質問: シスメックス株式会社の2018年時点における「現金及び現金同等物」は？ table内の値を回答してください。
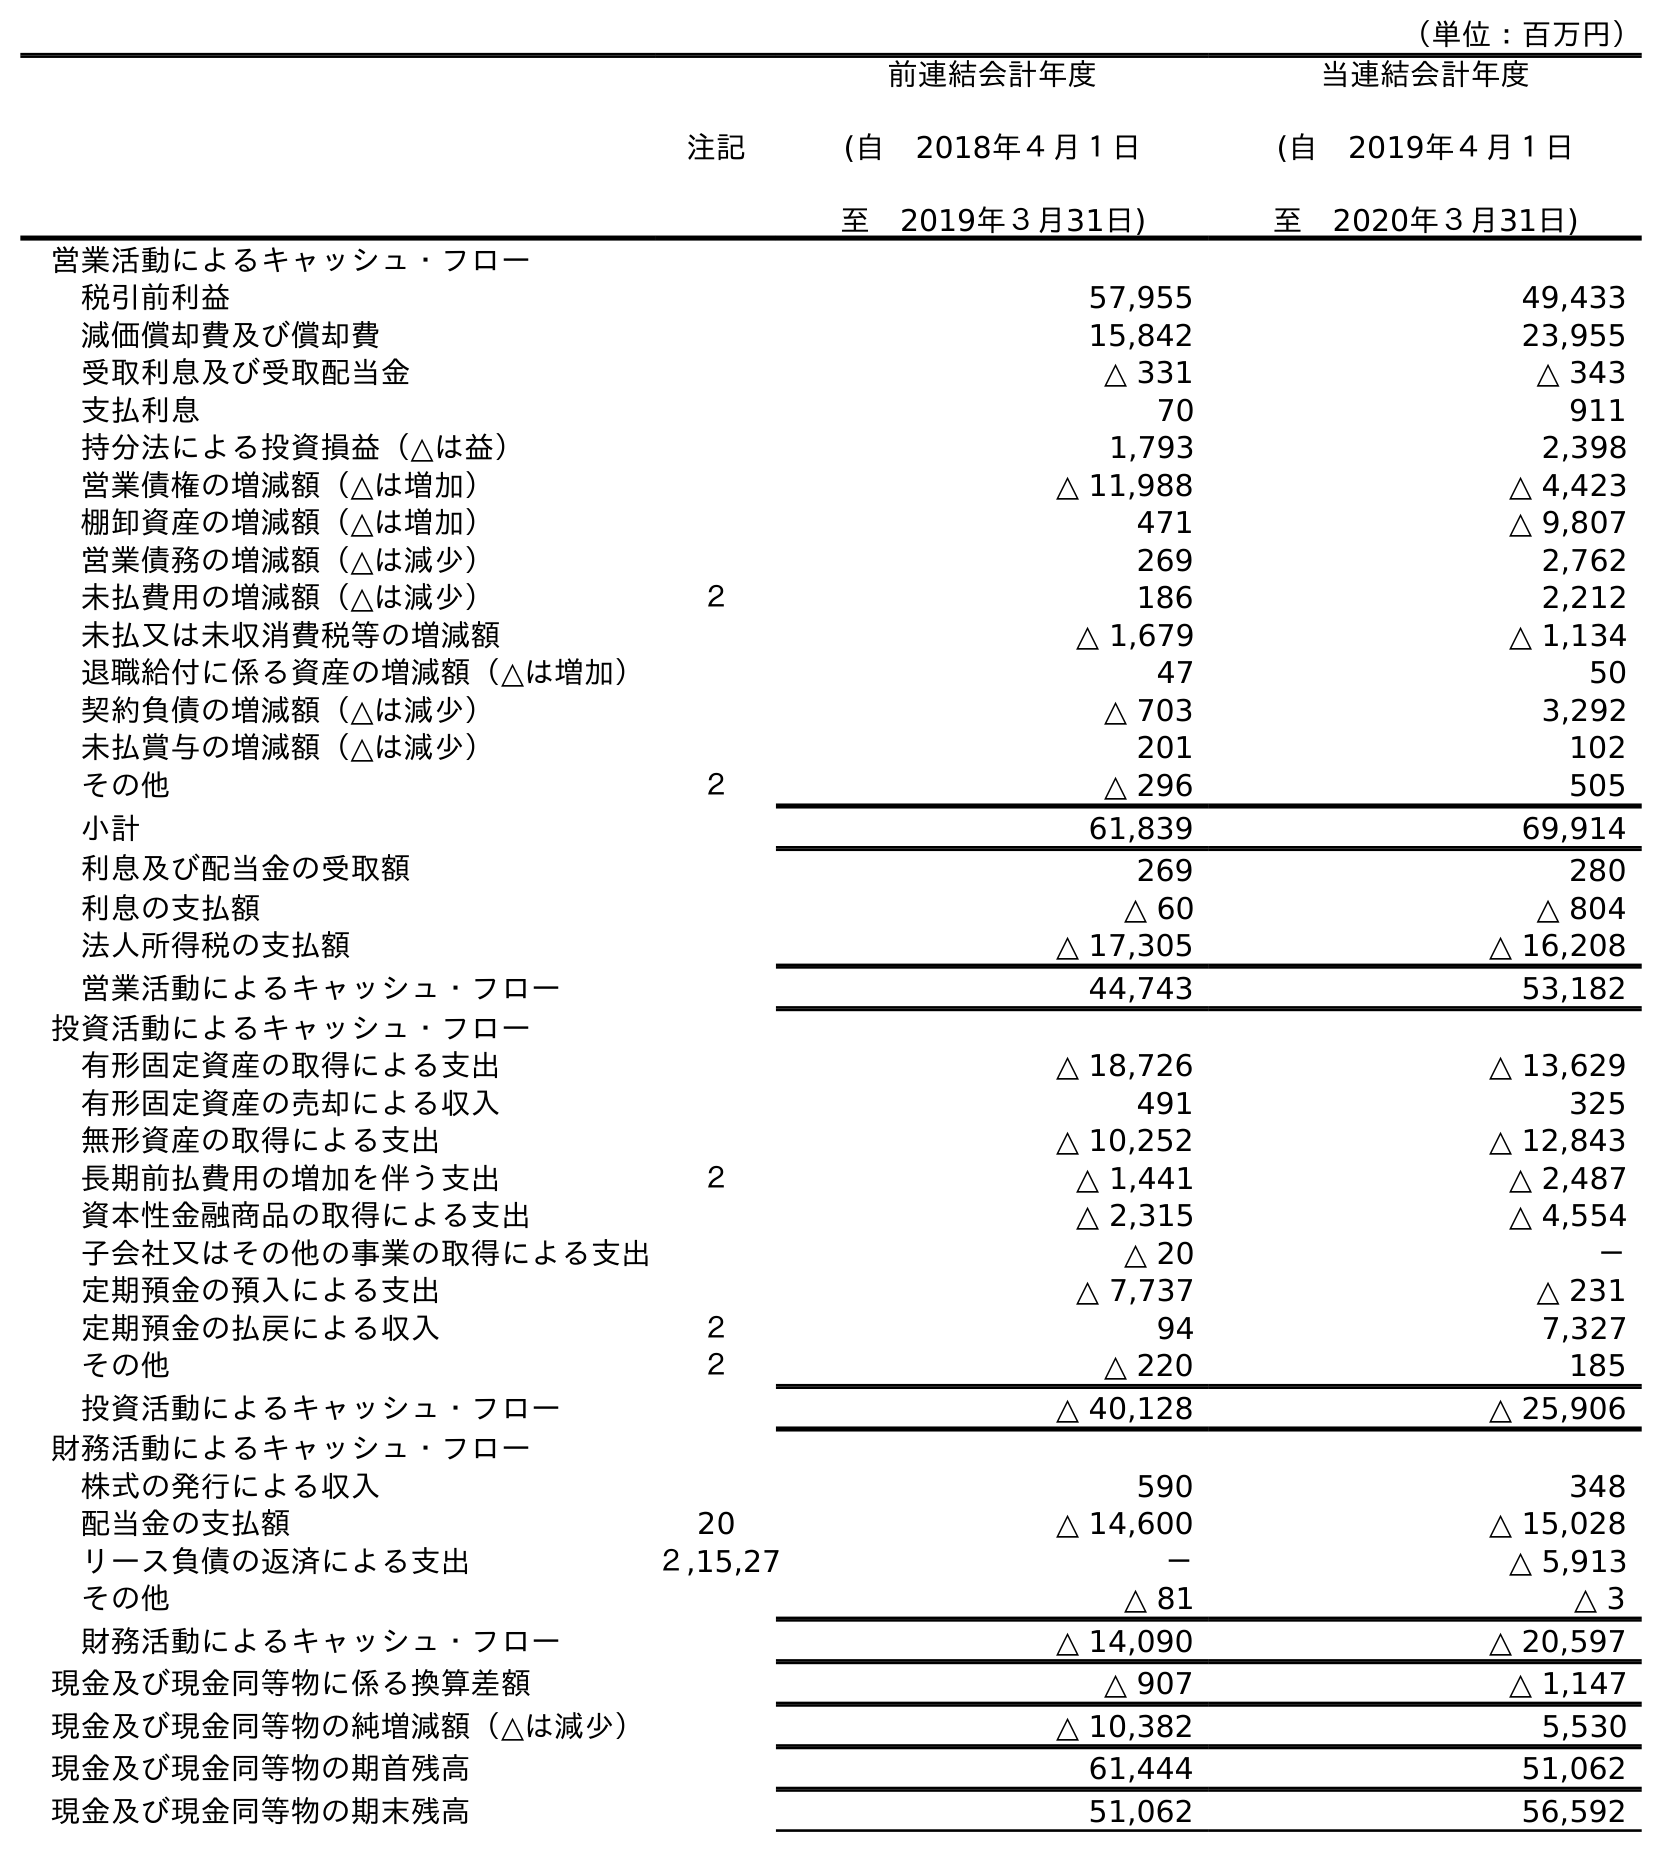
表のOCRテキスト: （単位：百万円） 注記 前連結会計年度 (自 2018年４月１日 至 2019年３月31日) 当連結会計年度 (自 2019年４月１日 至 2020年３月31日) 営業活動によるキャッシュ・フロー 税引前利益 57,955 49,433 減価償却費及び償却費 15,842 23,955 受取利息及び受取配当金 △ 331 △ 343 支払利息 70 911 持分法による投資損益（△は益） 1,793 2,398 営業債権の増減額（△は増加） △ 11,988 △ 4,423 棚卸資産の増減額（△は増加） 471 △ 9,807 営業債務の増減額（△は減少） 269 2,762 未払費用の増減額（△は減少） ２ 186 2,212 未払又は未収消費税等の増減額 △ 1,679 △ 1,134 退職給付に係る資産の増減額（△は増加） 47 50 契約負債の増減額（△は減少） △ 703 3,292 未払賞与の増減額（△は減少） 201 102 その他 ２ △ 296 505 小計 61,839 69,914 利息及び配当金の受取額 269 280 利息の支払額 △ 60 △ 804 法人所得税の支払額 △ 17,305 △ 16,208 営業活動によるキャッシュ・フロー 44,743 53,182 投資活動によるキャッシュ・フロー 有形固定資産の取得による支出 △ 18,726 △ 13,629 有形固定資産の売却による収入 491 325 無形資産の取得による支出 △ 10,252 △ 12,843 長期前払費用の増加を伴う支出 ２ △ 1,441 △ 2,487 資本性金融商品の取得による支出 △ 2,315 △ 4,554 子会社又はその他の事業の取得による支出 △ 20 － 定期預金の預入による支出 △ 7,737 △ 231 定期預金の払戻による収入 ２ 94 7,327 その他 ２ △ 220 185 投資活動によるキャッシュ・フロー △ 40,128 △ 25,906 財務活動によるキャッシュ・フロー 株式の発行による収入 590 348 配当金の支払額 20 △ 14,600 △ 15,028 リース負債の返済による支出 ２,15,27 － △ 5,913 その他 △ 81 △ 3 財務活動によるキャッシュ・フロー △ 14,090 △ 20,597 現金及び現金同等物に係る換算差額 △ 907 △ 1,147 現金及び現金同等物の純増減額（△は減少） △ 10,382 5,530 現金及び現金同等物の期首残高 61,444 51,062 現金及び現金同等物の期末残高 51,062 56,592
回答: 61,444